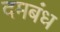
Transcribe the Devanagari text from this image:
दमबंध